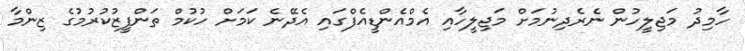
ހާމިދު މަޖިލީހުން ނެރެދިނުމަށް މަޖިލީހާއި އެމްއެންޑީއެފްގައި އެދޭނެ ކަމަށް ހުކުމް ތަންފީޒުކުރުމުގެ ޒިންމާ